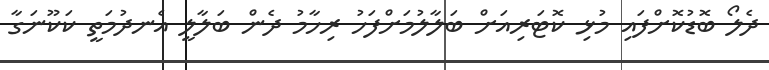
ދެލޯ ބޮޑުކޮށްފައި މުޅި ކޮޓަރިއަށް ބަލާލުމަށްފަހު ރިހާމު ދެން ބަލާލީ އެނދުމަތީ ކަކޫނަގާ